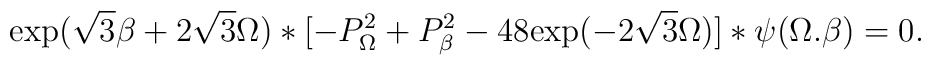
{\rm exp} (\sqrt{3} \beta + 2 \sqrt{3} \Omega) * [-P^2_\Omega + P^2_\beta - 48 {\rm exp} (-2 \sqrt{3} \Omega)] * \psi (\Omega.\beta)=0.